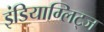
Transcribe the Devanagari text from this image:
इंडियाग्लिट्ज